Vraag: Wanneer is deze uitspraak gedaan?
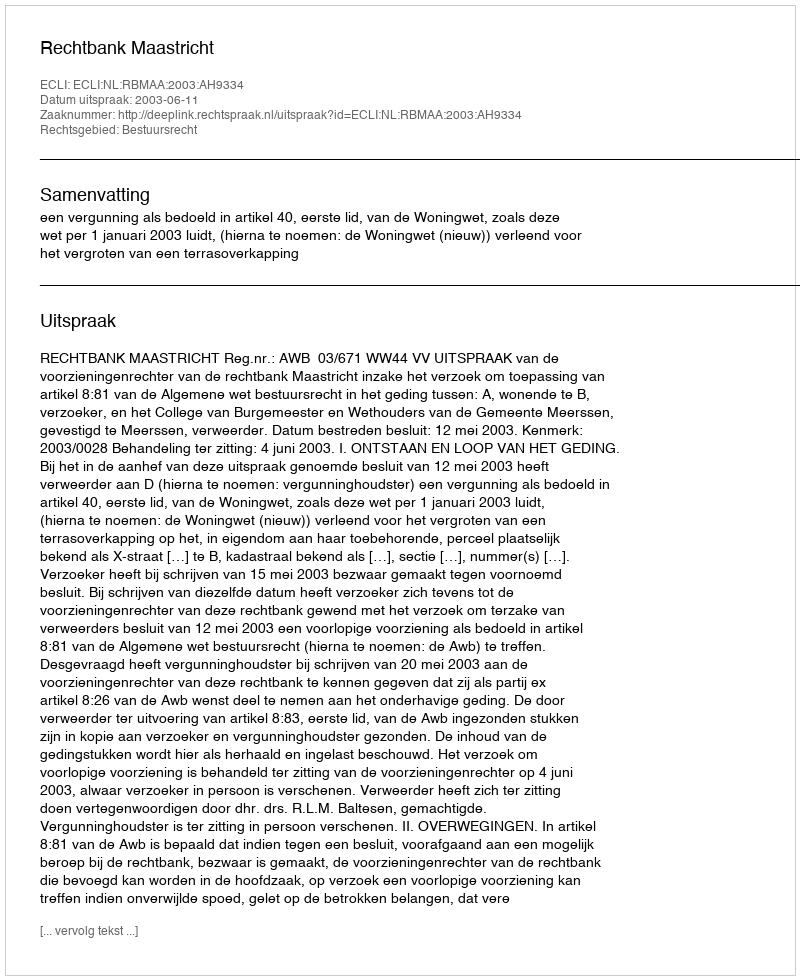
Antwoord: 2003-06-11